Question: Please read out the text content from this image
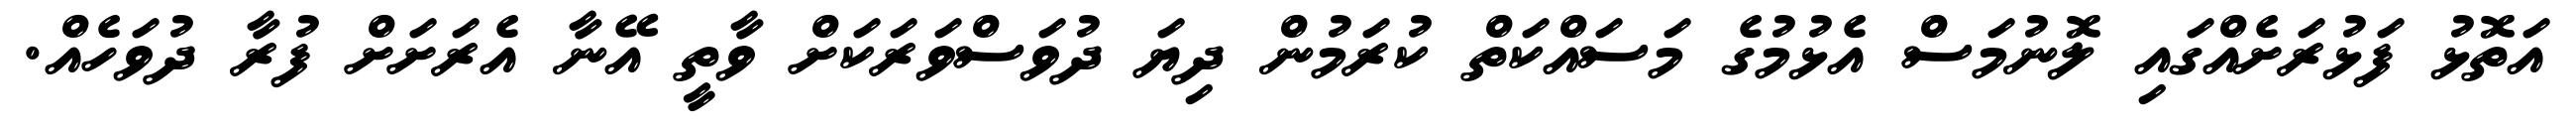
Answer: އަތޮޅު ފަޅުރަށެއްގައި ލޮނުމަސް އެޅުމުގެ މަސައްކަތް ކުރަމުން ދިޔަ ދުވަސްވަރަކަށް ވާތީ އޭނާ އެރަށަށް ފުރާ ދުވަހެއް.